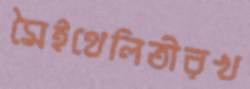
মৈইথেলিতীরখ